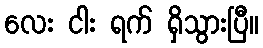
လေး ငါး ရက် ရှိသွားပြီ။